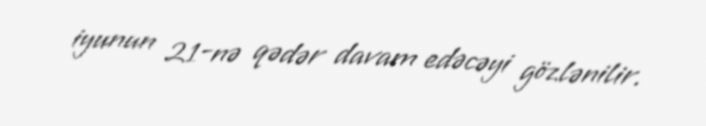
iyunun 21-nə qədər davam edəcəyi gözlənilir.